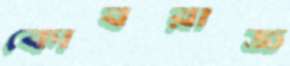
কোবরাজ